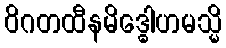
ဝိဂတထီနမိဒ္ဓေါဟမသ္မိ